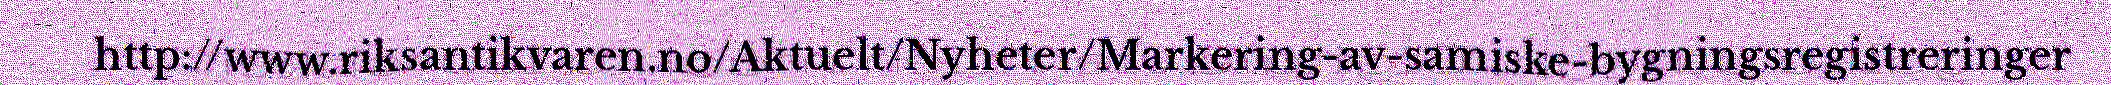
http://www.riksantikvaren.no/Aktuelt/Nyheter/Markering-av-samiske-bygningsregistreringer